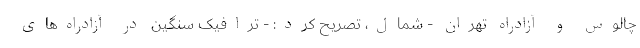
چالوس و آزادراه تهران - شمال، تصریح کرد: - ترافیک سنگین در آزادراه‌های